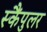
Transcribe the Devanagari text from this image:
स्कैंपुलर